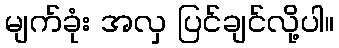
မျက်ခုံး အလှ ပြင်ချင်လို့ပါ။